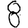
Digit: 8